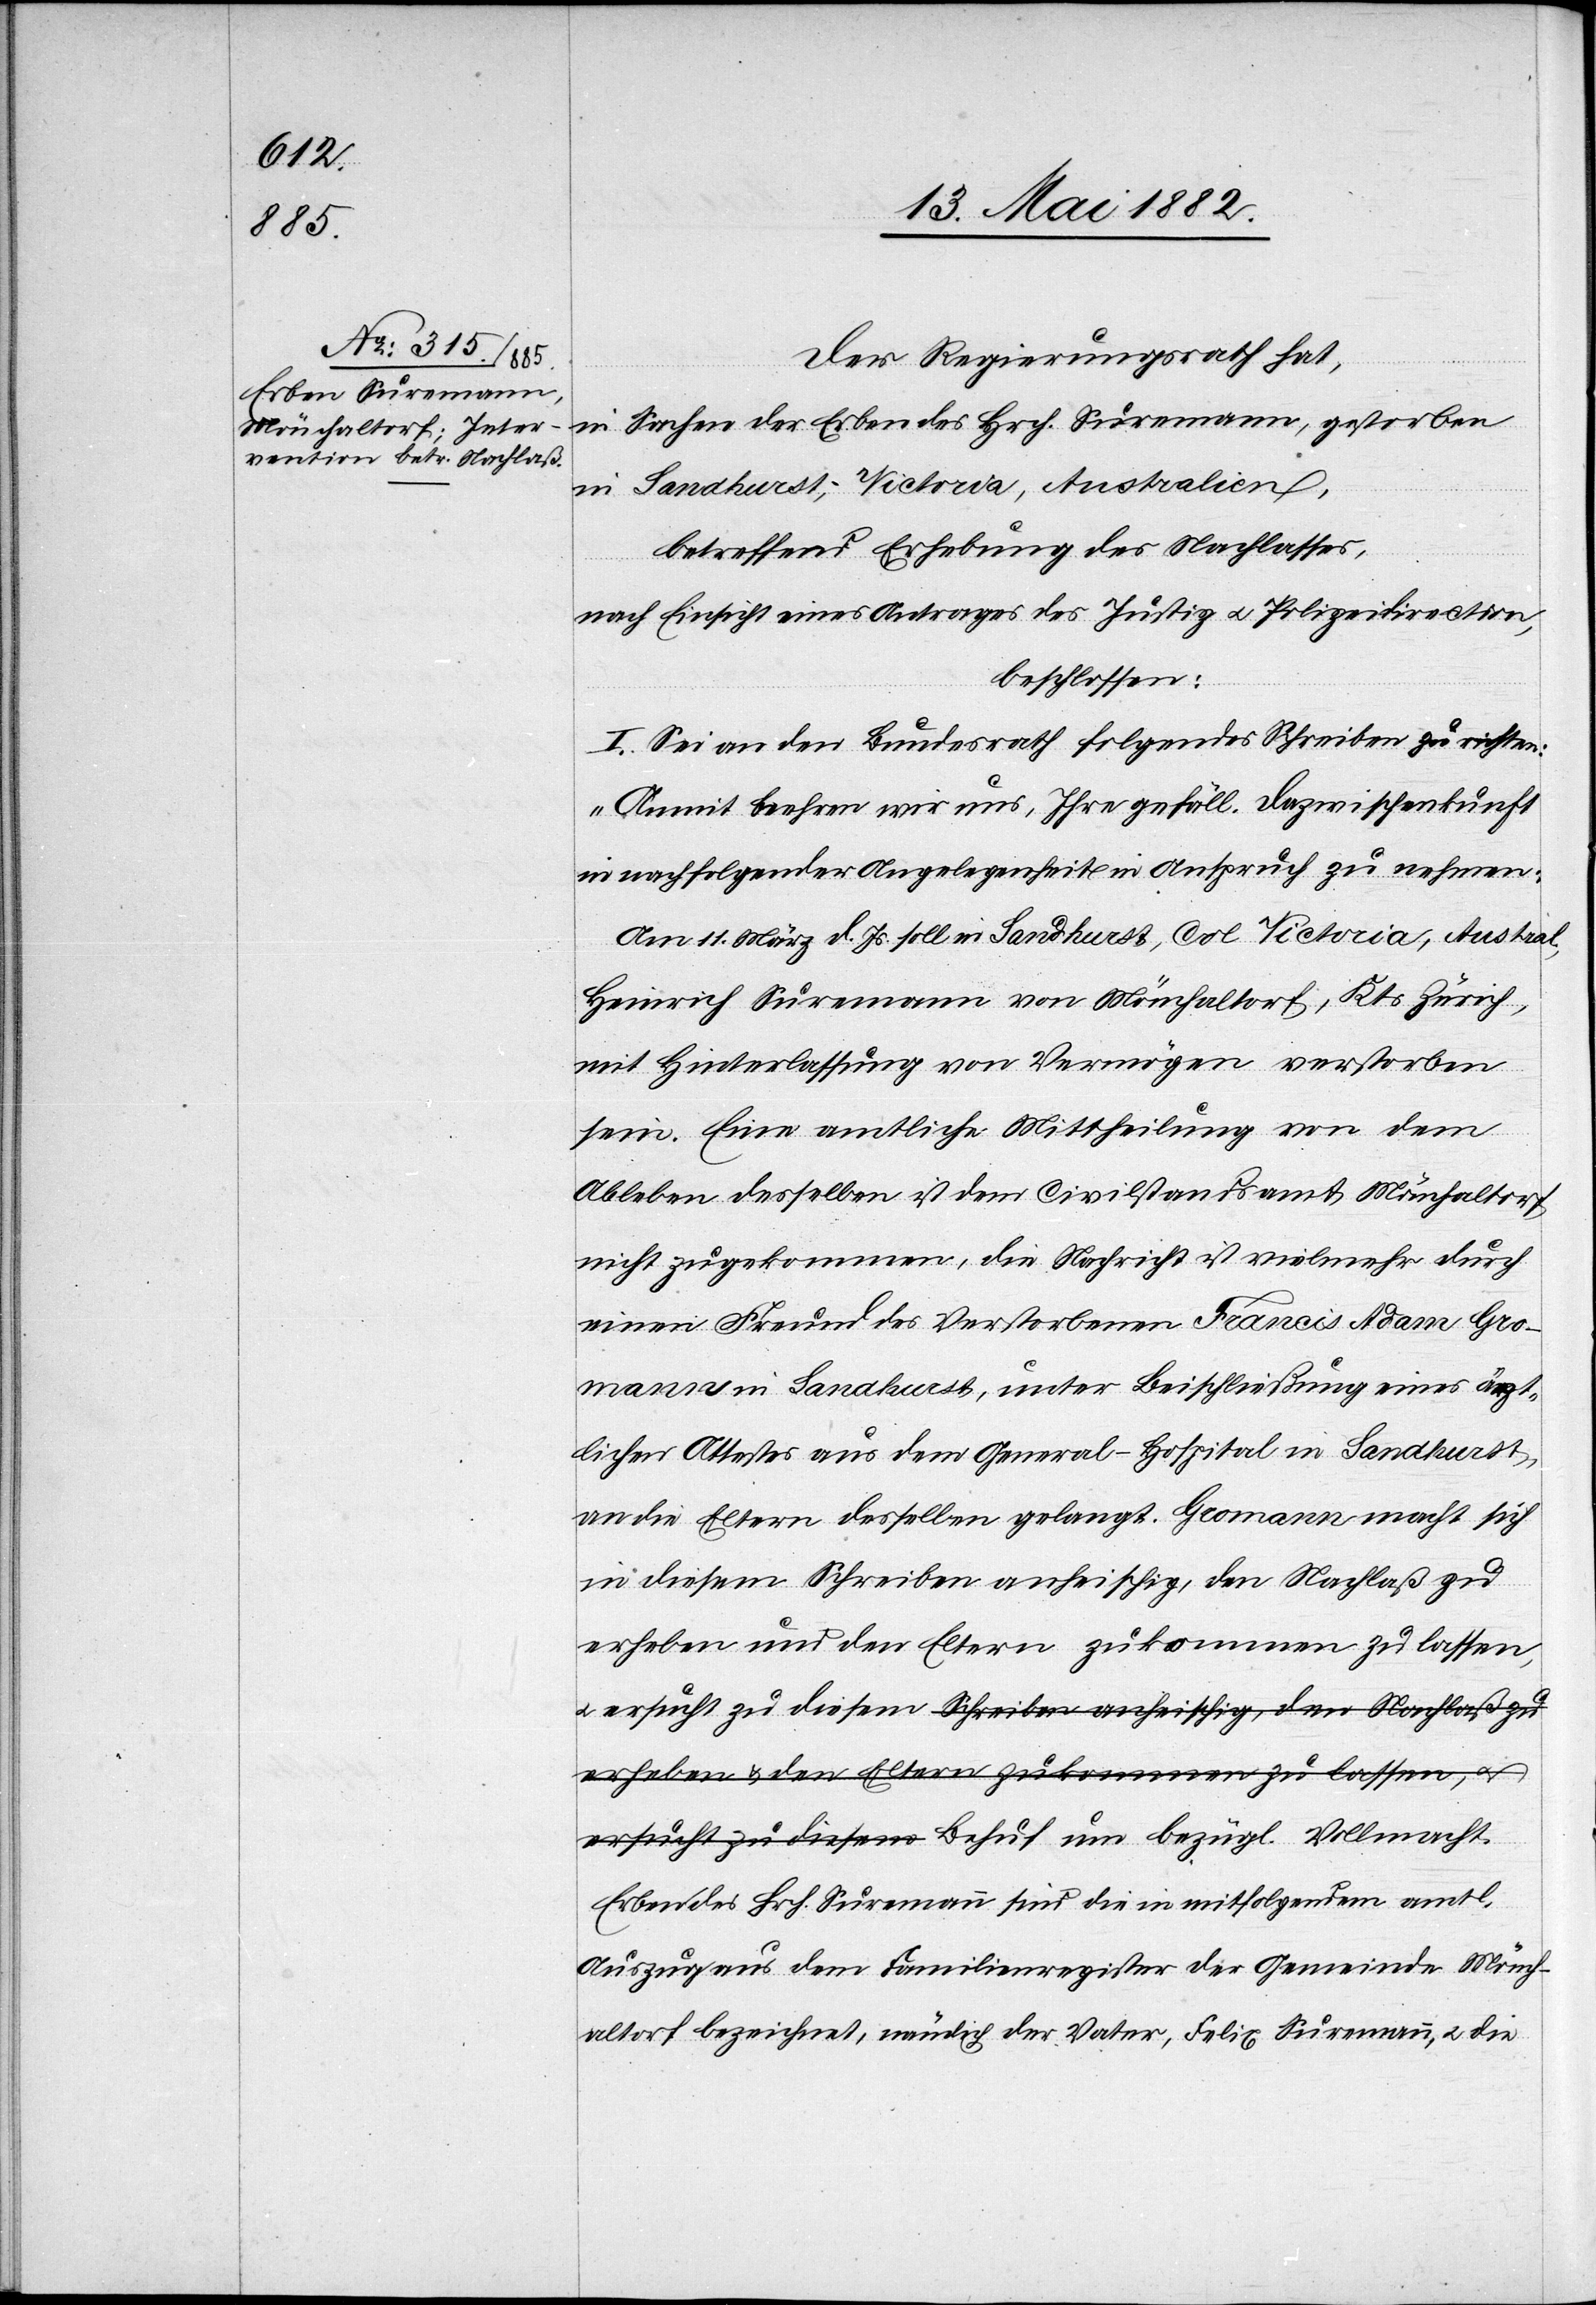
Der Regierungsrath hat,
u.
in Sachen der Erben des Hrch. Suremann, gestorben
in Landhurst, Victoria, Australien,
betreffend Erhebung des Nachlasses,
die
nach Einsicht eines Antrages der Justiz[-] u. Polizeidirection,
beschlossen:
I. Sei an den Bundesrath folgendes Schreiben zu richten:
„Anmit beehren wir uns, Ihre gefäll. Dazwischenkunft
in nachfolgender Angelegenheit in Anspruch zu nehmen:
Am 11. März d. Js. soll in Landhurst, Col. Victoria, Austral.,
Heinrich Suremann von Mönchaltorf, Kts. Zürich,
mit Hinterlassung von Vermögen verstorben
sein. Eine amtliche Mittheilung von dem
Ableben desselben ist dem Civilstandsamt Mönchaltorf
nicht zugekommen, die Nachricht ist vielmehr durch
einen Freund des Verstorbenen Francis Adam Gro¬
mann in Landhurst, unter Beischließung eines ärzt¬
lichen Attestes aus dem General-Hospital in Landhurst,
an die Eltern desselben gelangt. Gromann macht sich
in diesem Schreiben anheischig, den Nachlaß zu
erheben und den Eltern zukommen zu lassen,
ersucht zu diesem a-Schreiben anheischig, den Nachlaß zu
erheben & den Eltern zukommen zu lassen, u.
ersucht zu diesem-a Behuf um bezügl. Vollmacht.
Erben des Hrch. Suremann sind die in mitfolgendem amtl.
Auszug aus dem Familienregister der Gemeinde Möncha¬